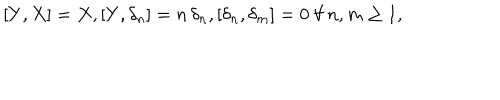
[ Y , X ] = X , [ Y , \delta _ { n } ] = n \, \delta _ { n } , [ \delta _ { n } , \delta _ { m } ] = 0 \ \forall \, n , m \geq 1 ,